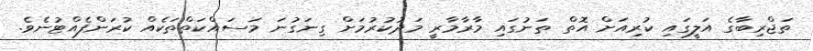
ތަޖްރިބާގެ އަލީގައި ކުރިއަށް އޮތް ތަނުގައި މާރާމާރީ މަދުކުރުމަށް ގިނަގުނަ މަސައްކަތްތަކެއް ކުރަންފެއްޓުނެވެ.